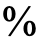
%